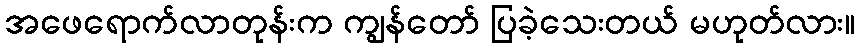
အဖေရောက်လာတုန်းက ကျွန်တော် ပြခဲ့သေးတယ် မဟုတ်လား။